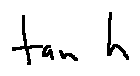
\tan h